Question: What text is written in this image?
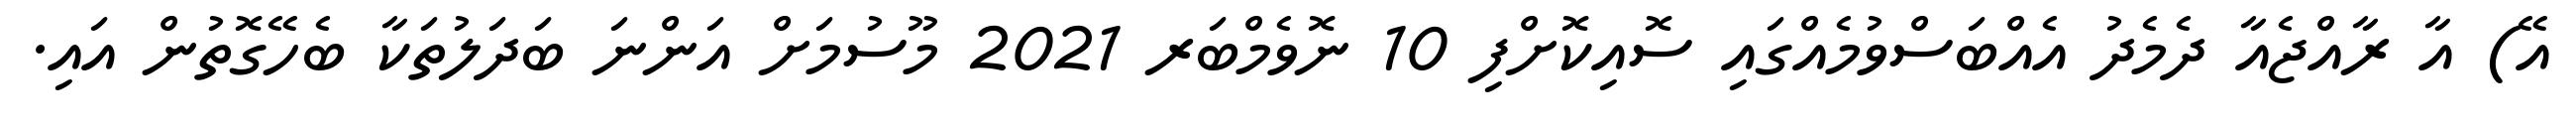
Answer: އޭ) އާ ރާއްޖެއާ ދެމެދު އެއްބަސްވުމެއްގައި ސޮއިކޮށްފި 10 ނޮވެމްބަރ 2021 މޫސުމަށް އަންނަ ބަދަލުތަކާ ބެހޭގޮތުން އައި.